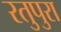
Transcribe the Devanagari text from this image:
रतुपुरा